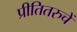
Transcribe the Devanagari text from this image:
प्रीतितरुचें